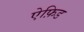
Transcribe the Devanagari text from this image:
ऐफ़िड